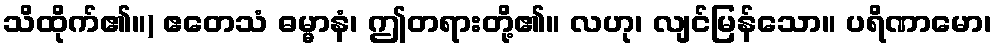
သိထိုက်၏။) ဧတေသံ ဓမ္မာနံ၊ ဤတရားတို့၏။ လဟု၊ လျင်မြန်သော။ ပရိဏာမော၊